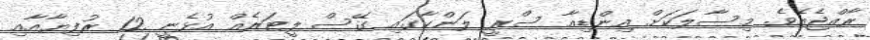
ރާއްޖެއެވެ. މިސާލަކަށް އިންޑިއާ ސްރީ ލަންކާގައި ގޭސް ލީޓަރެއް އުޅެނީ 12 ރުފިޔާއާއި